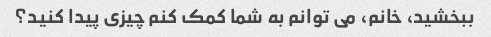
ببخشید، خانم، می توانم به شما کمک کنم چیزی پیدا کنید؟